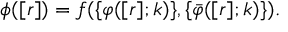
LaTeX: \phi ( [ r ] ) = f ( \{ \varphi ( [ r ] ; k ) \} , \{ \bar { \varphi } ( [ r ] ; k ) \} ) .